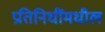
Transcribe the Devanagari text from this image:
प्रतिनिधींमधील